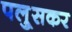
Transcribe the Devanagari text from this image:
पलु्सकर